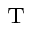
_ \textrm { T }